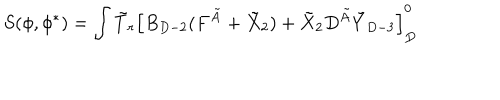
S ( \phi , \phi ^ { * } ) = \int \tilde { T } _ { r } \left[ B _ { D - 2 } ( F ^ { \tilde { A } } + \tilde { X } _ { 2 } ) + \tilde { X } _ { 2 } D ^ { \tilde { A } } \tilde { Y } _ { D - 3 } \right] _ { D } ^ { 0 }